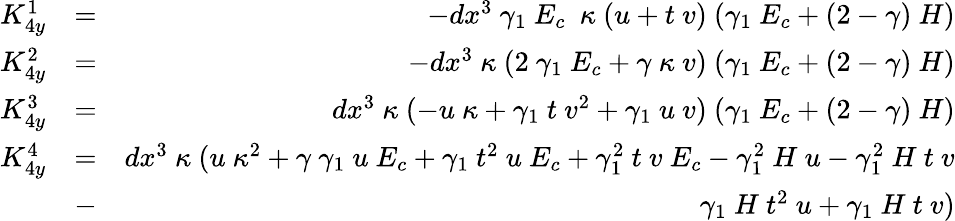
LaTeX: \begin{array}{rlr}{K_{4y}^{1}}&{=}&{-dx^{3}~\gamma_{1}~E_{c}~~\kappa~(u+t~v)~(\gamma_{1}~E_{c}+(2-\gamma)~H)}\\ {K_{4y}^{2}}&{=}&{-dx^{3}~\kappa~(2~\gamma_{1}~E_{c}+\gamma~\kappa~v)~(\gamma_{1}~E_{c}+(2-\gamma)~H)}\\ {K_{4y}^{3}}&{=}&{dx^{3}~\kappa~(-u~\kappa+\gamma_{1}~t~v^{2}+\gamma_{1}~u~v)~(\gamma_{1}~E_{c}+(2-\gamma)~H)}\\ {K_{4y}^{4}}&{=}&{dx^{3}~\kappa~(u~\kappa^{2}+\gamma~\gamma_{1}~u~E_{c}+\gamma_{1}~t^{2}~u~E_{c}+\gamma_{1}^{2}~t~v~E_{c}-\gamma_{1}^{2}~H~u-\gamma_{1}^{2}~H~t~v}\\ &{-}&{\gamma_{1}~H~t^{2}~u+\gamma_{1}~H~t~v)}\end{array}